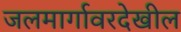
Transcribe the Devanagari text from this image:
जलमार्गावरदेखील